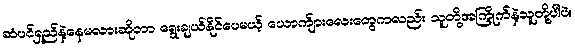
ဆံပင်ရှည်နဲ့နေမလားဆိုတာ ရွေးချယ်နိုင်ပေမယ့် ယောက်ျားလေးတွေကလည်း သူတို့အကြိုက်နဲ့သူတို့ပါပဲ။